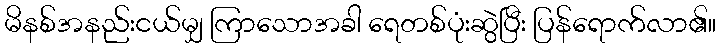
မိနစ်အနည်းငယ်မျှ ကြာသောအခါ ရေတစ်ပုံးဆွဲပြီး ပြန်ရောက်လာ၏။